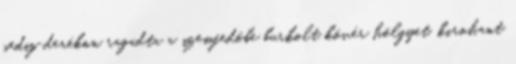
pedig derékon ragadta a szemfedőbe burkolt kövér hölgyet, kirohant